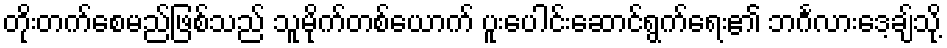
တိုးတက်စေမည်ဖြစ်သည် သူမိုက်တစ်ယောက် ပူးပေါင်းဆောင်ရွက်ရေး၏ ဘင်္ဂလားဒေ့ချ်သို့